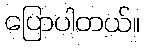
ပြောပါတယ်။